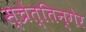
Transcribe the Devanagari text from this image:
स्च्रेत्तिन्गेर